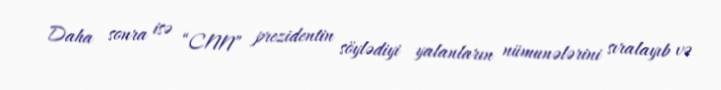
Daha sonra isə “CNN” prezidentin söylədiyi yalanların nümunələrini sıralayıb və